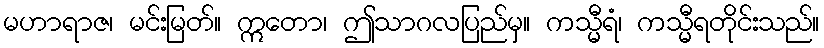
မဟာရာဇ၊ မင်းမြတ်။ ဣတော၊ ဤသာဂလပြည်မှ။ ကသ္မီရံ၊ ကသ္မီရတိုင်းသည်။